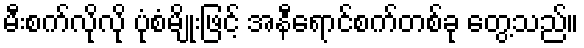
မီးစက်လိုလို ပုံစံမျိုးဖြင့် အနီရောင်စက်တစ်ခု တွေ့သည်။